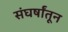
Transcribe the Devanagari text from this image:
संघर्षांतून